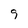
Character: 9